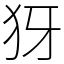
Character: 犽